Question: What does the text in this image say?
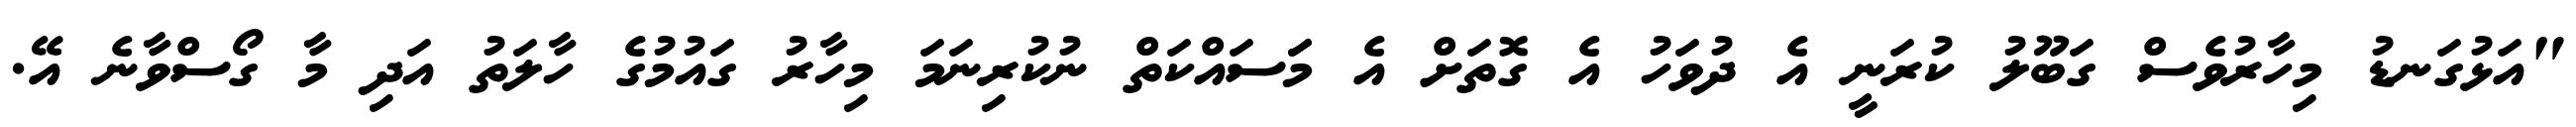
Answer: "އަޅުގަނޑު މިހާރުވެސް ގަބޫލު ކުރަނީ އެ ދުވަހު އެ ގޮތަށް އެ މަަސައްކަތް ނުކުރިނަމަ މިހާރު ގައުމުގެ ހާލަތު އަދި މާ ގޯސްވާނެ އޭ.